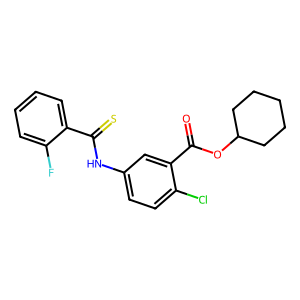
SMILES: O=C(OC1CCCCC1)c1cc(NC(=S)c2ccccc2F)ccc1Cl
Inhibits HIV replication: Yes